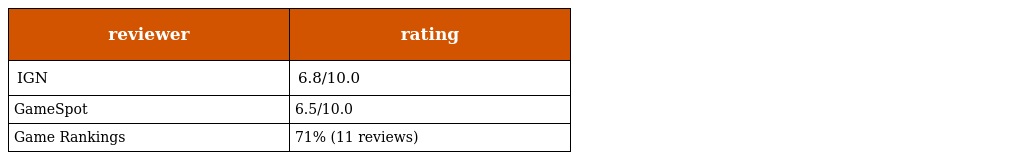
| reviewer | rating |
 | --- | --- |
 | IGN | 6.8/10.0 |
 | GameSpot | 6.5/10.0 |
 | Game Rankings | 71% (11 reviews) |